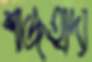
শাজহাদা